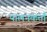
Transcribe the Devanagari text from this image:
पालनकर्त्ता